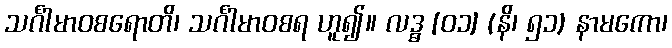
သင်္ဂါမာဝစရောတိ၊ သင်္ဂါမာဝစရ ဟူ၍။ လဒ္ဓ [၀၁] (နိ၊ ၅၁) နာမကော၊